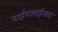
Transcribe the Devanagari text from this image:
पाईपलाईनचा